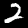
Digit: 2